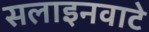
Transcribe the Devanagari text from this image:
सलाइनवाटे